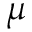
\boldsymbol { \mu }